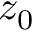
z _ { 0 }